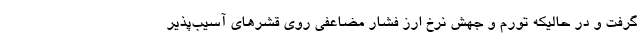
گرفت و در حالیکه تورم و جهش نرخ ارز فشار مضاعفی روی قشرهای آسیب‌پذیر